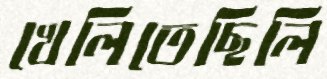
খেলিতেছিলি